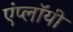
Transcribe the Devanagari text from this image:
एंप्लॉयी